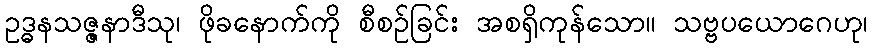
ဥဒ္ဓနသဇ္ဇနာဒီသု၊ ဖိုခနောက်ကို စီစဉ်ခြင်း အစရှိကုန်သော။ သဗ္ဗပယောဂေဟု၊